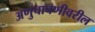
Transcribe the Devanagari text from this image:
अणुचाचणीवरील